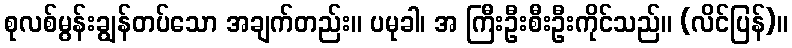
စုလစ်မွန်းချွန်တပ်သော အချက်တည်း။ ပမုခါ၊ အ ကြီးဦးစီးဦးကိုင်သည်။ (လိင်ပြန်)။